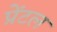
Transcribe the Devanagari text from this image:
प्रेंटल